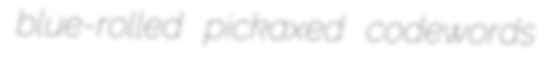
blue-rolled pickaxed codewords